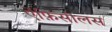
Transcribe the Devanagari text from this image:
ऐंफ़िसीलस